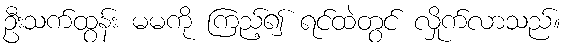
ဦးသက်ထွန်း မမကို ကြည့်၍ ရင်ထဲတွင် လှိုက်လာသည်။